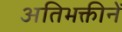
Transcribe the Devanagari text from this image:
अतिभक्तीनें